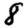
Digit: 8